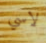
لاسي